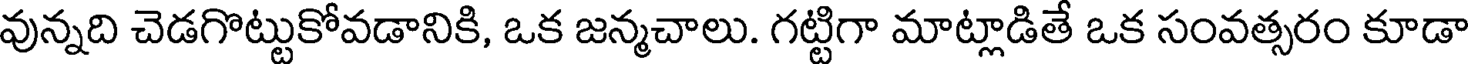
వున్నది చెడగొట్టుకోవడానికి, ఒక జన్మచాలు. గట్టిగా మాట్లాడితే ఒక సంవత్సరం కూడా